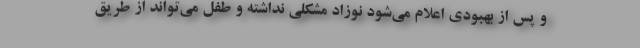
و پس از بهبودی اعلام می‌شود نوزاد مشکلی نداشته و طفل می‌تواند از طریق